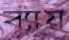
ব্যায়